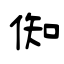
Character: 倁